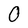
Character: 0